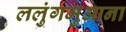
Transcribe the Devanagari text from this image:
ललुंगमुआना